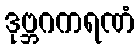
ဒုဗ္ဘဂကရဏံ